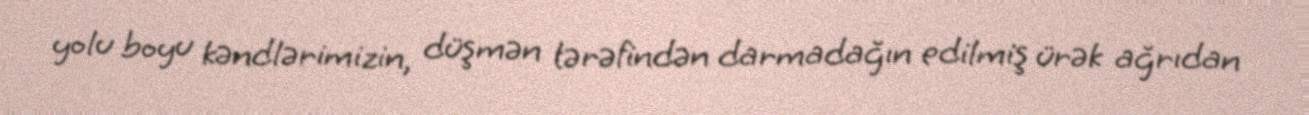
yolu boyu kəndlərimizin, düşmən tərəfindən darmadağın edilmiş ürək ağrıdan